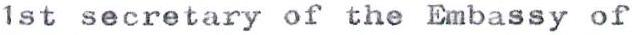
1st secretary of the Embassy of